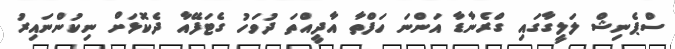
ސްޕެނިޝް ލަލީގާގައި ގްރެނާޑާ އަންނަ ހަފްތާ އާދީއްތަ ދުވަހު ގެޓަފޭއާ ދެކޮޅަށް ނިކުންނައިރު